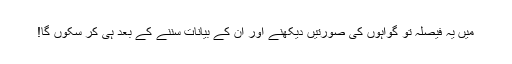
میں یہ فیصلہ تو گواہوں کی صورتیں دیکھنے اور ان کے بیانات سننے کے بعد ہی کر سکوں گا!